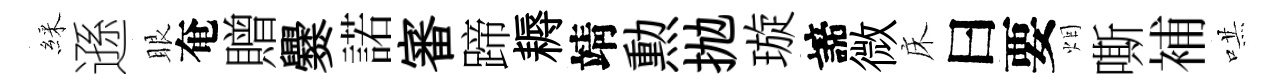
綵遜眼奄贈爨諾審蹄耨靖勲抛璇諦微床曰要烟嘶補哄